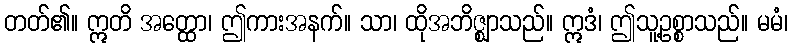
တတ်၏။ ဣတိ အတ္ထော၊ ဤကားအနက်။ သာ၊ ထိုအဘိဇ္ဈာသည်။ ဣဒံ၊ ဤသူ့ဥစ္စာသည်။ မမံ၊